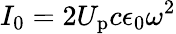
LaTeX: I_{0}=2U_{\mathrm{p}}c\epsilon_{0}\omega^{2}